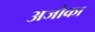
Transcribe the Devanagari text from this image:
अजोका